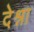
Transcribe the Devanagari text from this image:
देश्ना